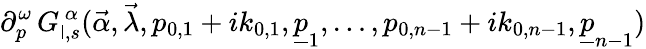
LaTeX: \partial_{p}^{\omega}\, G_{\mathsf{l},s}^{\, \alpha}(\vec{{\alpha}},\vec{{\lambda}},p_{0,1}+ik_{0,1},\underline{{{{p}}}}_{1},\ldots,p_{0,n-1}+ik_{0,n-1},\underline{{{{p}}}}_{n-1})